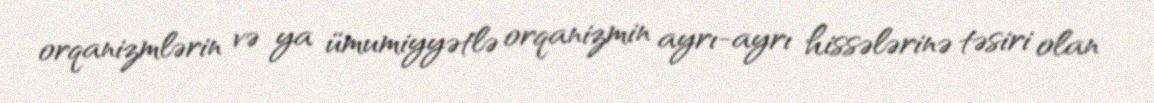
orqanizmlərin və ya ümumiyyətlə orqanizmin ayrı-ayrı hissələrinə təsiri olan